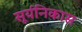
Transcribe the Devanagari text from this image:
सूर्यनिकास